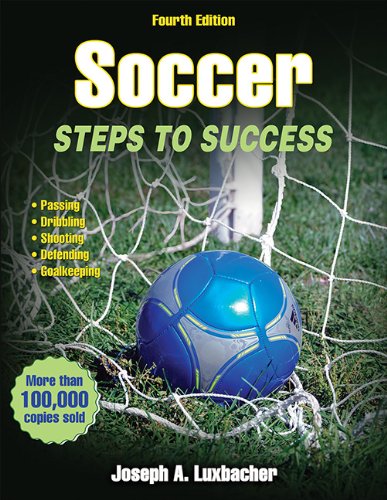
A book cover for Soccer-4th Edition: Steps to Success; Joseph Luxbacher; Sports & Outdoors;